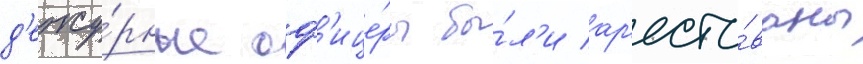
д'ежу́рные оф'ице́ры бы́л'и ар'есто́ваны